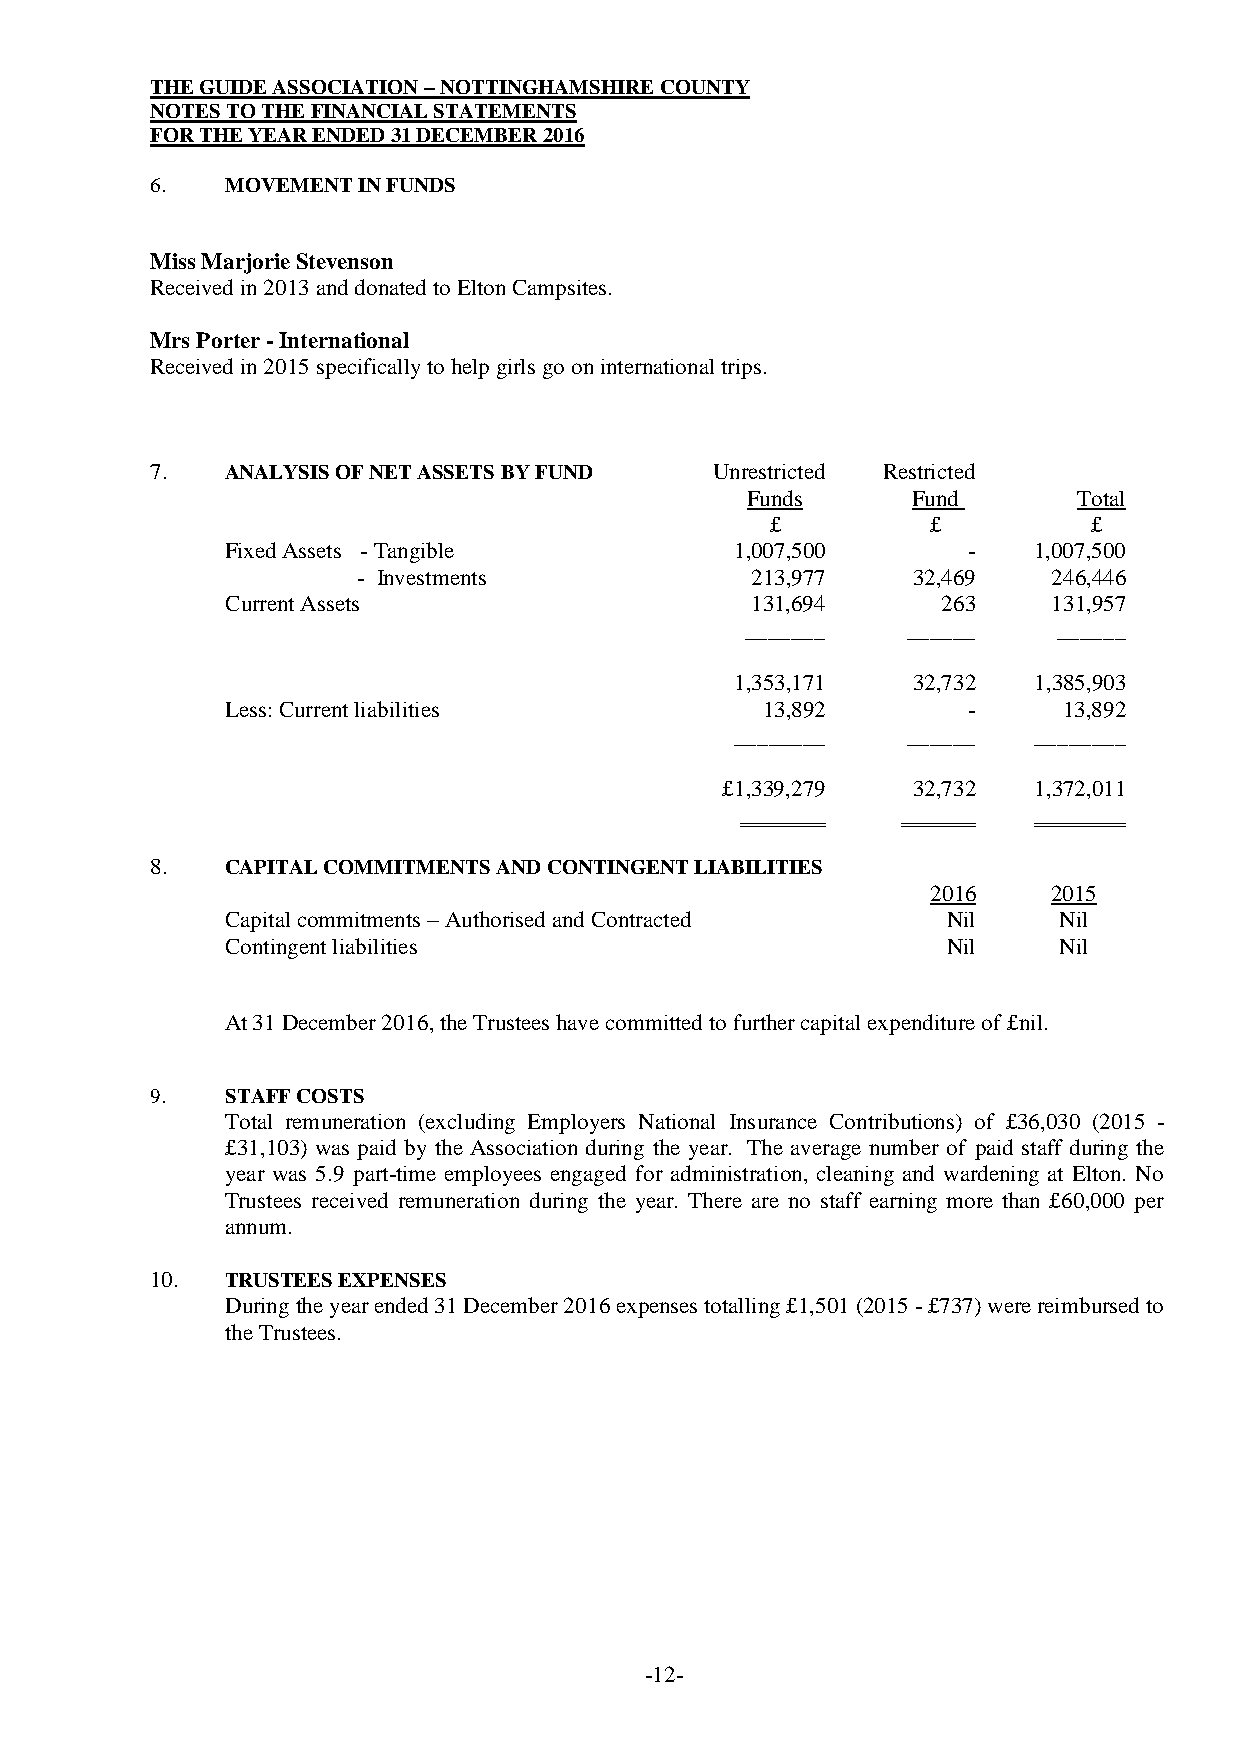
THE GUIDE ASSOCIATION – NOTTINGHAMSHIRE COUNTY
 NOTES TO THE FINANCIAL STATEMENTS
 FOR THE YEAR ENDED 31 DECEMBER 2016
 6.   MOVEMENT IN FUNDS
 Miss Marjorie Stevenson
 Received in 2013 and donated to Elton Campsites.
 Mrs Porter - International
 Received in 2015 specifically to help girls go on international trips.
 7.   ANALYSIS OF NET ASSETS BY FUND  Unrestricted Restricted
 Funds      Fund       Total
 £          £         £
 Fixed Assets - Tangible           1,007,500      -   1,007,500
 - Investments             213,977   32,469    246,446
 Current Assets                     131,694     263     131,957
 _______    ______    ______
 1,353,171  32,732  1,385,903
 Less: Current liabilities          13,892        -     13,892
 ________   ______  ________
 £1,339,279  32,732  1,372,011
 8.   CAPITAL COMMITMENTS AND CONTINGENT LIABILITIES
 2016    2015
 Capital commitments – Authorised and Contracted Nil    Nil
 Contingent liabilities                          Nil    Nil
 At 31 December 2016, the Trustees have committed to further capital expenditure of £nil.
 9.   STAFF COSTS
 Total remuneration (excluding Employers National Insurance Contributions) of £36,030 (2015 -
 £31,103) was paid by the Association during the year. The average number of paid staff during the
 year was 5.9 part-time employees engaged for administration, cleaning and wardening at Elton. No
 Trustees received remuneration during the year. There are no staff earning more than £60,000 per
 annum.
 10.  TRUSTEES EXPENSES
 During the year ended 31 December 2016 expenses totalling £1,501 (2015 - £737) were reimbursed to
 the Trustees.
 -12-